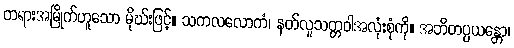
တရားအမြိုက်ဟူသော မိုဃ်းဖြင့်။ သကလလောကံ၊ နတ်လူသတ္တဝါအလုံးစုံကို။ အဘိတပ္ပယန္တော၊